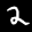
Label: 2